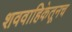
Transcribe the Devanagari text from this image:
शववाहिकेतूनच